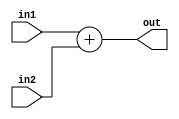
//
//Hrier
//2020113011:07:23

module Add(
    input wire[31:0] in1,
    input wire[31:0] in2,
    output wire[31:0] out
);

assign out = in1 + in2;

endmodule